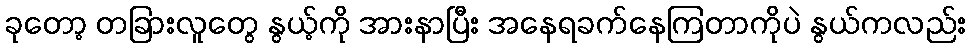
ခုတော့ တခြားလူတွေ နွယ့်ကို အားနာပြီး အနေရခက်နေကြတာကိုပဲ နွယ်ကလည်း